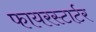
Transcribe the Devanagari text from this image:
फायरस्टार्टर